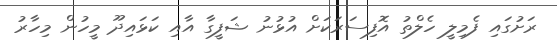
ރަށުގައި ފެމިލީ ހެލްތު އޮފިސަރަކަށް އުޅުނު ޝަފީގާ އާއި ކަޅައިދޫ މީހުން މިހާރު